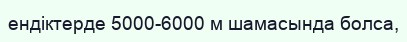
ендіктерде 5000-6000 м шамасында болса,